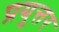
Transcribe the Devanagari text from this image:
प्रयुत्तर